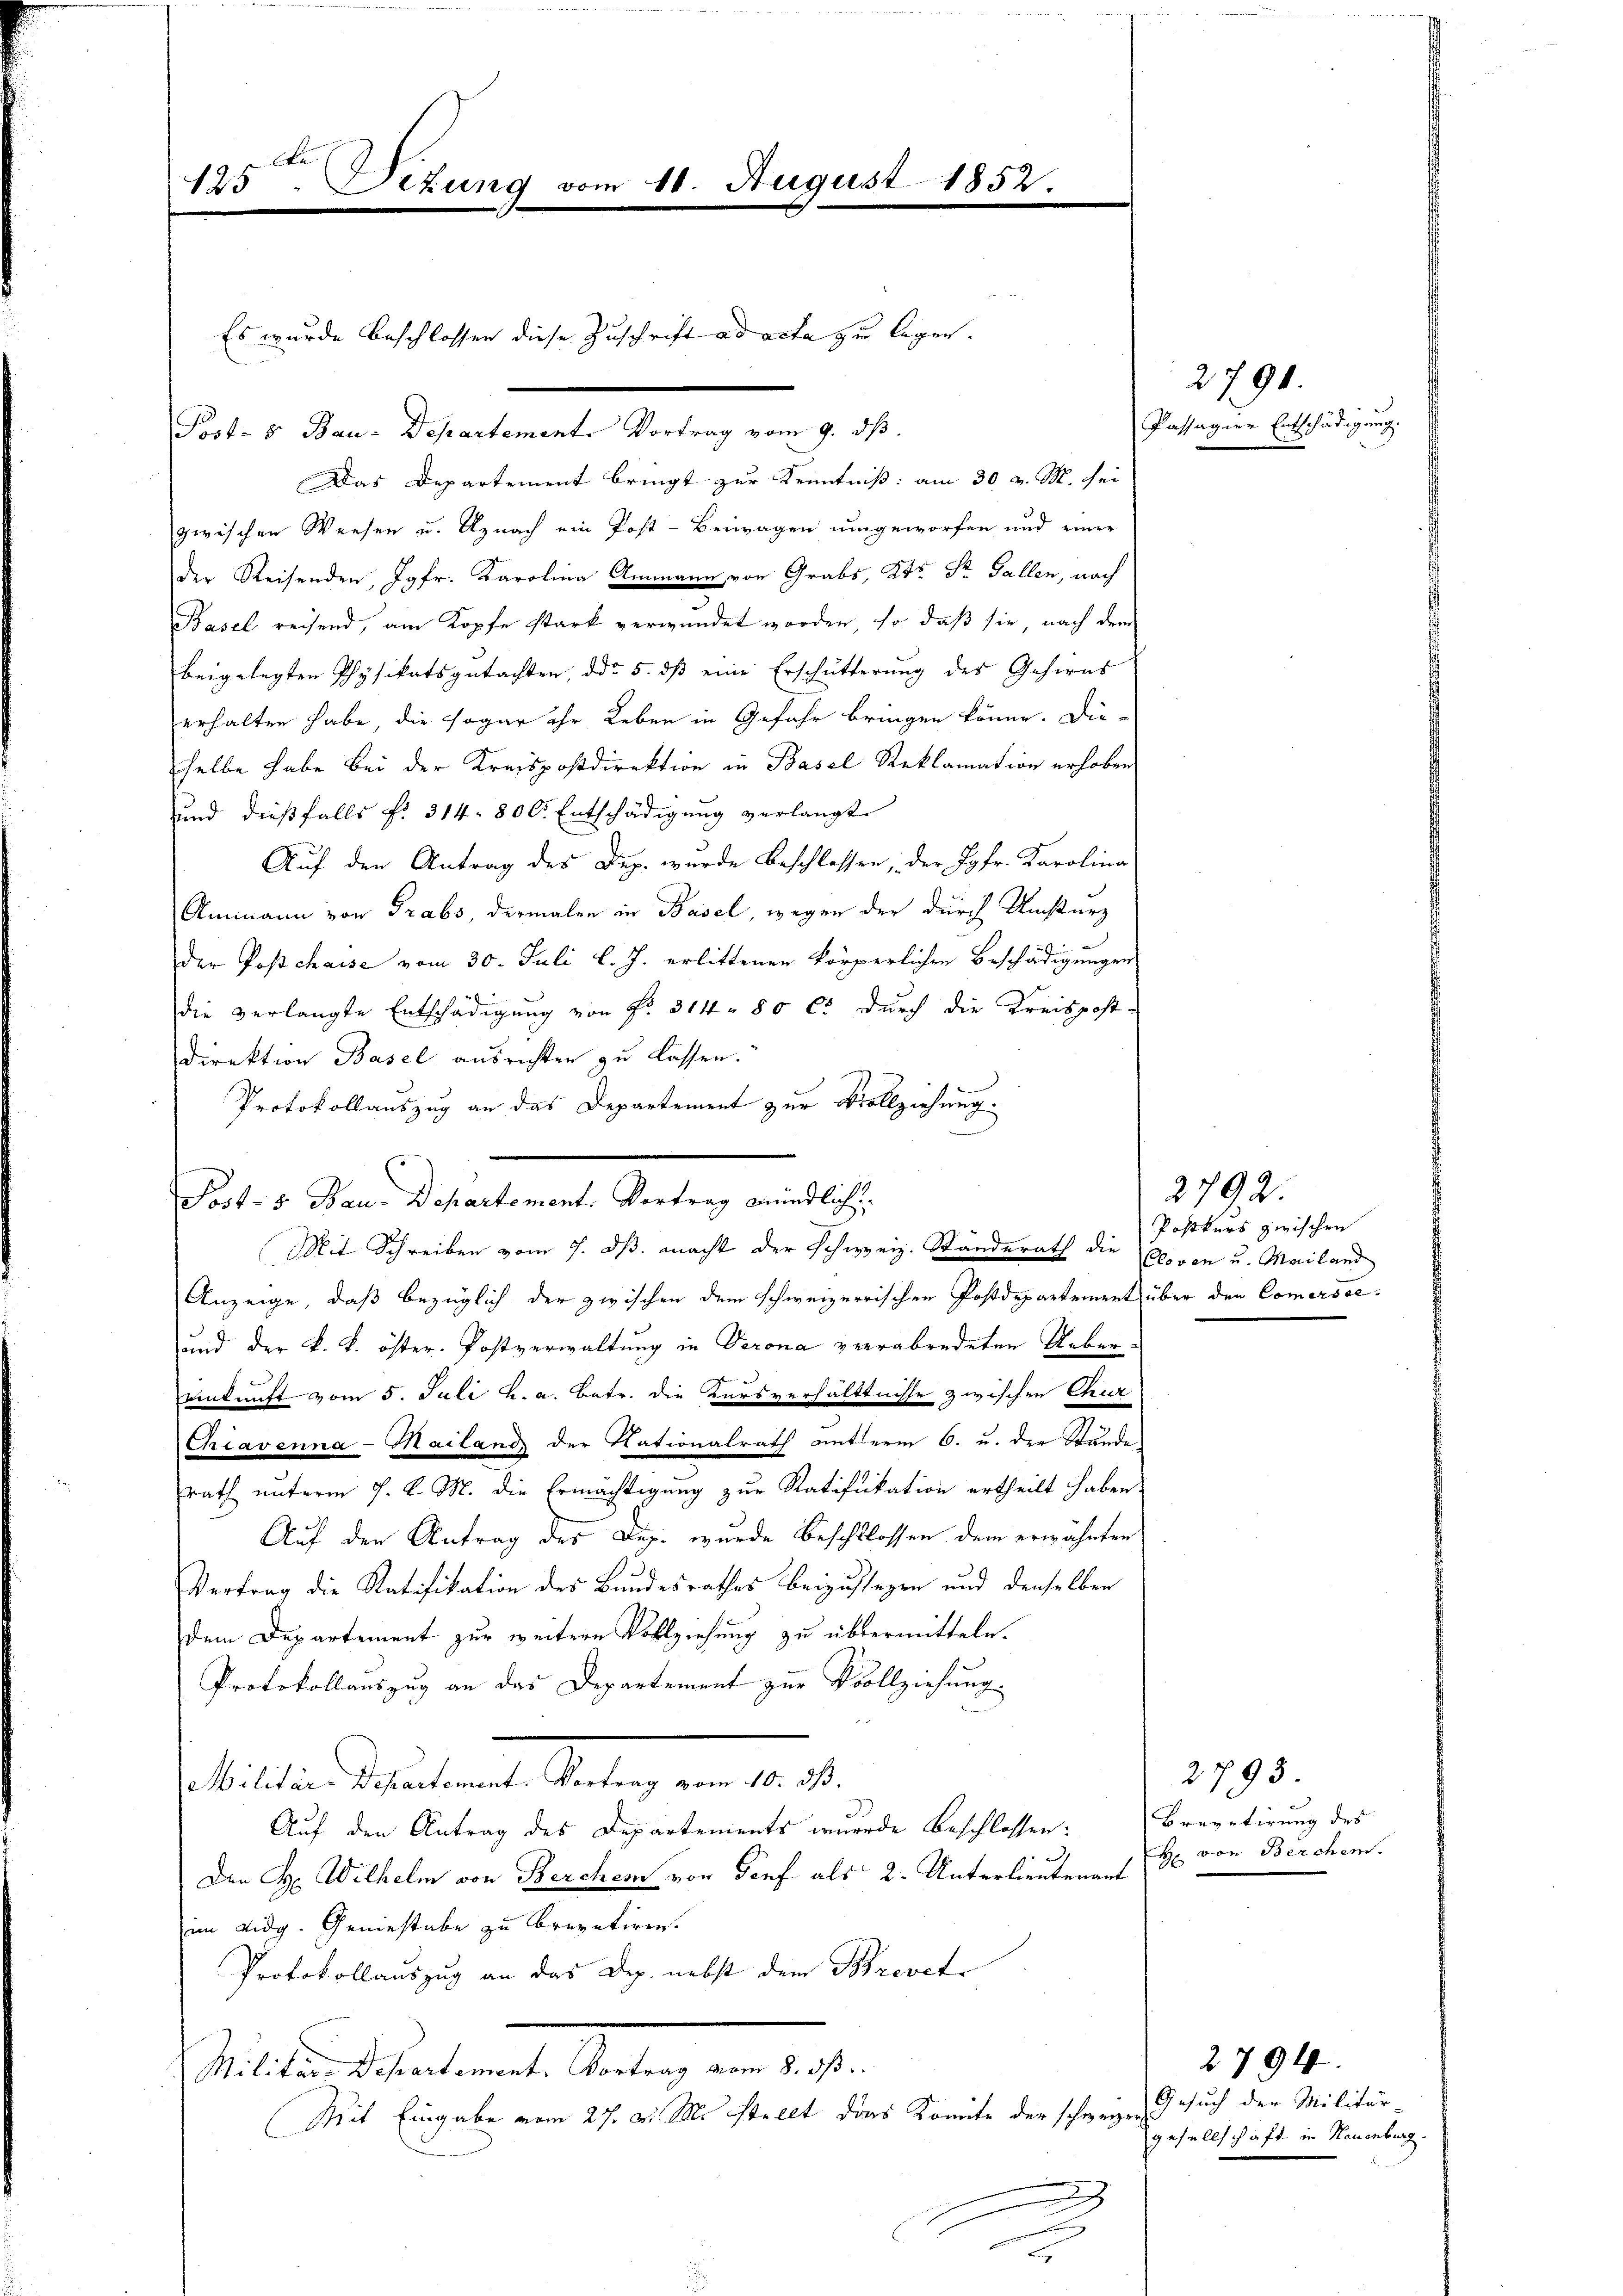
125. Dezung vom 11. August 1852.

Es wurde beschlossen diese Zuschrift ad acta zu legen.

Post- & Bau-Departement. Vortrag vom 9. ds.
Das Departement bringt zur Kenntniß: am 30. v. M. sei
zwischen Weesen u. Uznach ein Post-Beiwagen umgeworfen und einer
der Reisenden, Jgfr. Karolina Ammann von Grabs, Kts. Dr. Gallen, nach
Basel reisend, am Kopfe stark verwundet worden, so daß sie nach dem
beigelegten Physikatsgutachten, ddo 5. dβ eine Erschütterung des Gehirns
erhalten habe, die sogar ihr Leben in Gefahr bringen könne. Dieselbe habe bei der Kreispostdirektion in Basel Reklamation erhoben
und dießfalls f. 314. 800. Entschädigung verlangt
Auf den Antrag des Dep. wurde beschlossen; der Jgfr. Karolina
Ammann von Grabs, dermalen in Basel, wegen der durch Umsturz
e
der Postchaise vom 30. Juli l. J. erlittenen körperlichen Beschädigungen

die verlangte Entschädigung von Fr. 314 - 80 Ct. durch die Kreispost-
Direktion Basel ausrichten zu lassen.
Protokollauszug an das Departement zur Vollziehung.
Post- 5. Bau-Departement. Vortrag mündlich
Mit Schreiben vom 7. ds. macht der Schweiz. Standerath die Eloven u. Mailand
Anzeige, daß bezüglich der zwischen dem schweizerrischen Postdepartement über den Comersce¬
und der k. k. öster. Postverwaltung in Verona verrabendeten Uebern
einkunft vom 5. Juli h. a. Betr. die Kursverhältnisse zwischen Chur
Chiavenna-Mailand der Nationalrath anterm 6. u. der Stande
rath unterm 7. d. M. die Ermächtigung zur Ratifikation ertheilt haben.
Auf den Antrag des Aug. wurde Beschlossen dem erwähnten
9
Vertrag die Ratifikation des Bundesrathes beizustegen und denselben
dem Departement zur weitere Vollziehung zu übermitteln.
Protokollauszug an das Departement zur Vollziehung.
Militär-Departement. Vortrag vom 10. dß.
Auf den Antrag des Departements wurde beschlossen:
Den H. Wilhelm von Bercher von Genf als 2. Unterlieutenant von Berchen.
im Lidg. Geniestabe zu brevetiren.
Protokollauszug an das Dep. nebst dem Brevet
Militär-Departement. Vortrag vom 8. dβ.
Mit Eingabe vom 27. v. M. stellt das Komite der schweizer

Passagier Entschädigung.

2792.
Postkurs zwischen

2790.

2793.
Brevetirung des

Gesuch der Militär-
gesellschaft in Neuenburg.

2794.